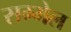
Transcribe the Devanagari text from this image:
सम्मेल